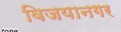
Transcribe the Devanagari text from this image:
विजयानगर